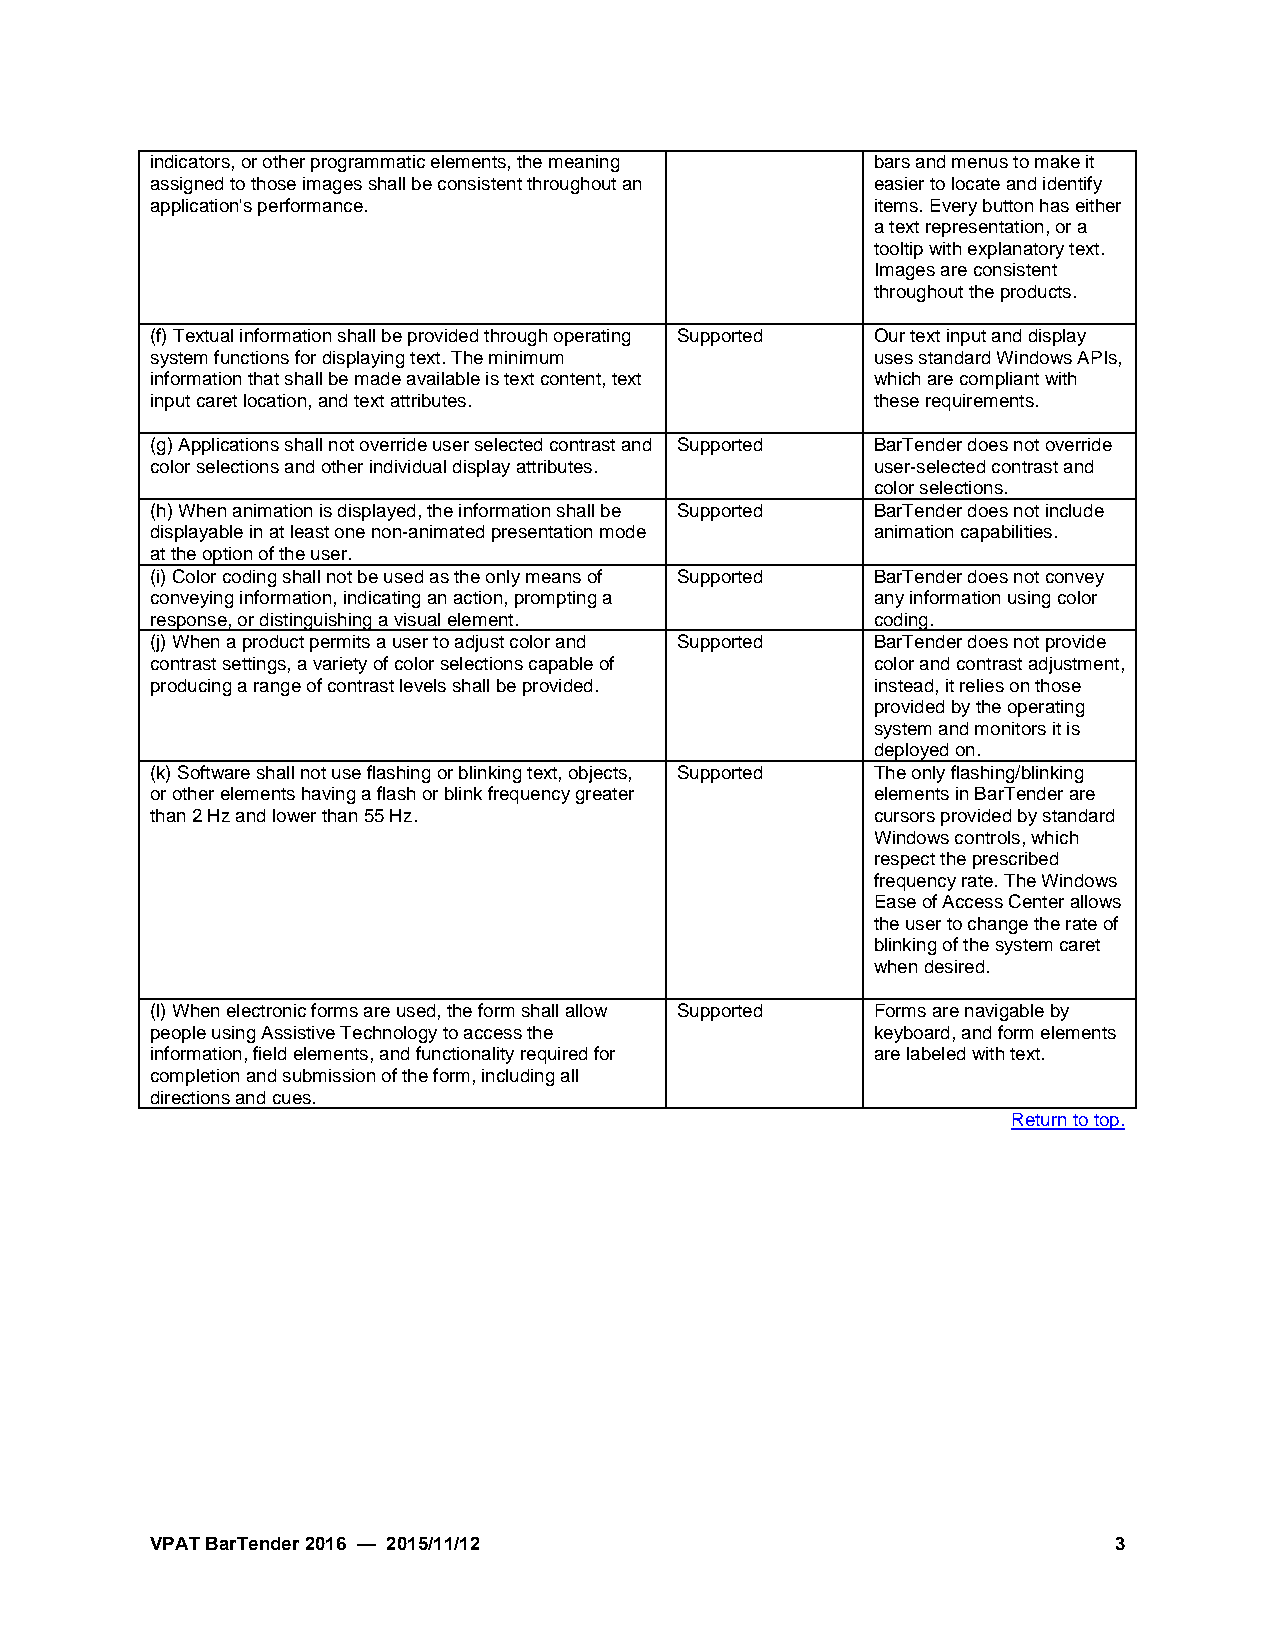
indicators, or other programmatic elements, the meaning bars and menus to make it
 assigned to those images shall be consistent throughout an easier to locate and identify
 application's performance.                      items. Every button has either
 a text representation, or a
 tooltip with explanatory text.
 Images are consistent
 throughout the products.
 (f)Textual information shall be provided through operating Supported Our text input and display
 system functions for displaying text. The minimum uses standard Windows APIs,
 information that shall be made available is text content, text which are compliant with
 input caret location, and text attributes.      these requirements.
 (g)Applications shall not override user selected contrast and Supported BarTender does not override
 color selections and other individual display attributes. user-selected contrast and
 color selections.
 (h)When animation is displayed, the information shall be Supported BarTender does not include
 displayable in at least one non-animated presentation mode animation capabilities.
 at the option of the user.
 (i)Color coding shall not be used as the only means of Supported BarTender does not convey
 conveying information, indicating an action, prompting a any information using color
 response, or distinguishing a visual element.   coding.
 (j)When a product permits a user to adjust color and Supported BarTender does not provide
 contrast settings, a variety of color selections capable of color and contrast adjustment,
 producing a range of contrast levels shall be provided. instead, it relies on those
 provided by the operating
 system and monitors it is
 deployed on.
 (k)Software shall not use flashing or blinking text, objects, Supported The only flashing/blinking
 or other elements having a flash or blink frequency greater elements in BarTender are
 than 2 Hz and lower than 55 Hz.                 cursors provided by standard
 Windows controls, which
 respect the prescribed
 frequency rate. The Windows
 Ease of Access Center allows
 the user to change the rate of
 blinking of the system caret
 when desired.
 (l)When electronic forms are used, the form shall allow Supported Forms are navigable by
 people using Assistive Technology to access the keyboard, and form elements
 information, field elements, and functionality required for are labeled with text.
 completion and submission of the form, including all
 directions and cues.
 Return to top.
 VPAT BarTender 2016 — 2015/11/12                                3